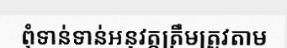
ពុំទាន់ទាន់អនុវត្តត្រឹមត្រូវតាម